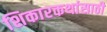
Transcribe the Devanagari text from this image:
शिकारकथांसाठी